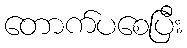
တောက်ပစေပြီး